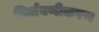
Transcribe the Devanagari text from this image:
निर्लवणीकरण